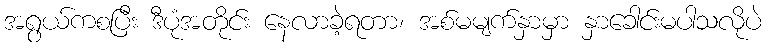
အရွယ်ကစပြီး ဒီပုံအတိုင်း နေလာခဲ့ရတာ၊ အစ်မမျက်နှာမှာ နှာခေါင်းမပါသလိုပဲ